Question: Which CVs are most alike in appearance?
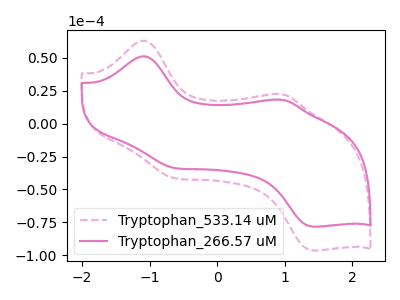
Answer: <think>The pink dashed curve "Tryptophan_533.14 uM" has anodic peaks at (-1.10V, 63.15uA) (0.95V, 22.35uA) and cathodic peaks at (-0.65V, -41.40uA) (1.40V, -96.35uA). The pink curve "Tryptophan_266.57 uM" has anodic peaks at (-1.10V, 51.25uA) (0.95V, 18.15uA) and cathodic peaks at (-0.65V, -33.60uA) (1.40V, -78.25uA).
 All the peaks in "Tryptophan_533.14 uM" have a peak in "Tryptophan_266.57 uM" at the same potential. Every peak in "Tryptophan_533.14 uM" is higher than every peak in "Tryptophan_266.57 uM".</think>
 <answer>"Tryptophan_266.57 uM" and "Tryptophan_533.14 uM" have the same shape and are likely CV's of the same chemical.</answer>
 <eval>"Tryptophan_266.57 uM" "Tryptophan_533.14 uM"</eval>